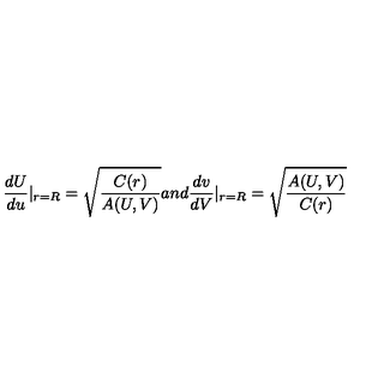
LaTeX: \frac { d U } { d u } | _ { r = R } = \sqrt { \frac { C ( r ) } { A ( U , V ) } } a n d \frac { d v } { d V } | _ { r = R } = \sqrt { \frac { A ( U , V ) } { C ( r ) } }